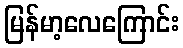
မြန်မာ့လေကြောင်း